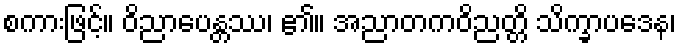
စကားဖြင့်။ ဝိညာပေန္တဿ၊ ၏။ အညာတကဝိညတ္တိ သိက္ခာပဒေန၊